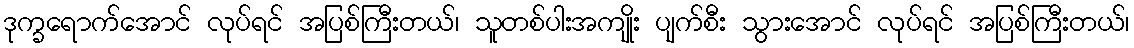
ဒုက္ခရောက်အောင် လုပ်ရင် အပြစ်ကြီးတယ်၊ သူတစ်ပါးအကျိုး ပျက်စီး သွားအောင် လုပ်ရင် အပြစ်ကြီးတယ်၊